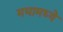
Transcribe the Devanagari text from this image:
मघामध्ये